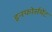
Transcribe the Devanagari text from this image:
इनफोर्समेंट